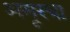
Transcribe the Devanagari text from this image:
अमूरचा